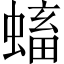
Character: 𧏷